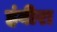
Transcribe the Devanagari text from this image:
हंबीरा